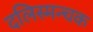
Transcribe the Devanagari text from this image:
दलिस्मन्चक